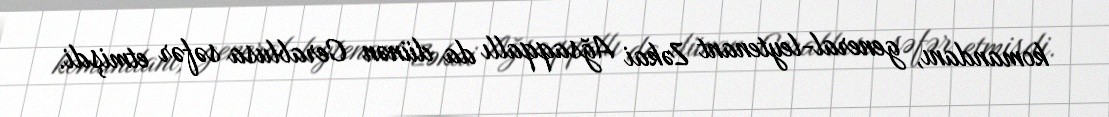
komandanı, general-leytenant Zəkai Ağsaqqallı da dünən Cerablusa səfər etmişdi.